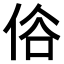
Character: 𠈻